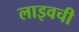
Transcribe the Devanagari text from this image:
लाइवची